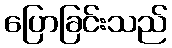
ပြောခြင်းသည်